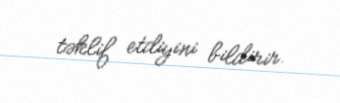
təklif etdiyini bildirir.